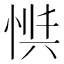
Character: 𱞟